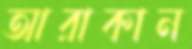
আরাকান